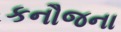
કનૌજના